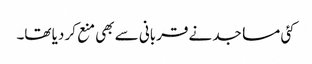
کئی مساجد نے قربانی سے بھی منع کر دیا تھا۔